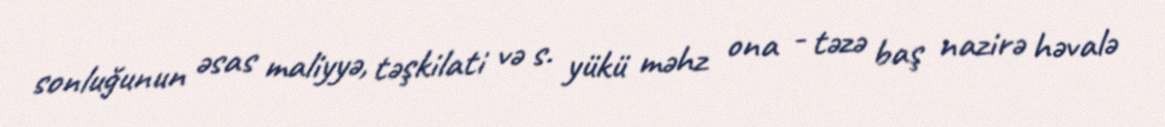
sonluğunun əsas maliyyə, təşkilati və s. yükü məhz ona - təzə baş nazirə həvalə